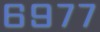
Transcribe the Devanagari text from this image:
६९७७